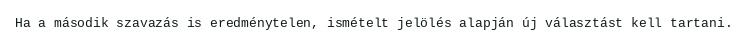
Ha a második szavazás is eredménytelen, ismételt jelölés alapján új választást kell tartani.